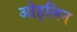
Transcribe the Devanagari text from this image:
ओह्‌लिन